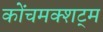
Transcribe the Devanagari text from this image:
कोंचमक्शट्म